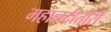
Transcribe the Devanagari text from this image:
महानदीतीरीं